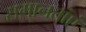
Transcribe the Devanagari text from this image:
समानतांएं